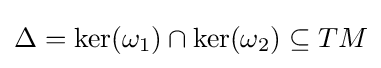
\Delta =\ker(\omega _{1})\cap \ker(\omega _{2})\subseteq TM